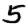
Digit: 5